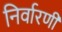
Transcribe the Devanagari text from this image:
निर्वारणी